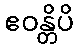
ဧဝန္တိပိ